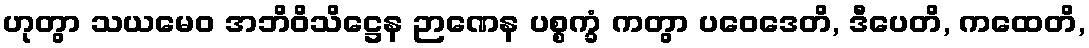
ဟုတွာ သယမေဝ အဘိဝိသိဋ္ဌေန ဉာဏေန ပစ္စက္ခံ ကတွာ ပဝေဒေတိ, ဒီပေတိ, ကထေတိ,